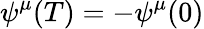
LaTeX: \psi^{\mu}(T)=-\psi^{\mu}(0)